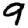
Digit: 9